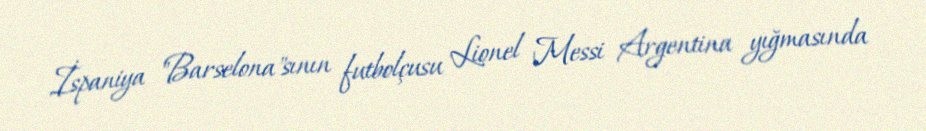
İspaniya "Barselona"sının futbolçusu Lionel Messi Argentina yığmasında